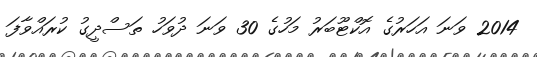
2014 ވަނަ އަހަރުގެ އޮކްޓޫބަރު މަހުގެ 30 ވަނަ ދުވަހު ތަސްދީގު ކުރައްވާފަ